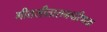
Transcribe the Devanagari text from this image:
गीतसीतारामपरिणयः